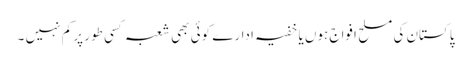
پاکستان کی مسلح افواج ہوں یا خفیہ ادارے کوئی بھی شعبہ کسی طور پر کم نہیں ۔